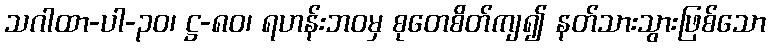
သဂါထာ-ပါ-၃၀၊ ဋ္ဌ-၈၀၊ ရဟန်းဘဝမှ စုတေစိတ်ကျ၍ နတ်သားသွားဖြစ်သော